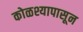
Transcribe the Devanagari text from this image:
कोळश्यापासून